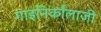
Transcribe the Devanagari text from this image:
गाइनिर्कांलाजी